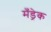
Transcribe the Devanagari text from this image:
मँड्रेक